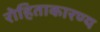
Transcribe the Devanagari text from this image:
रोहिताकारण्य